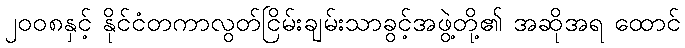
၂၀၀၈နှင့် နိုင်ငံတကာလွတ်ငြိမ်းချမ်းသာခွင့်အဖွဲ့တို့၏ အဆိုအရ ထောင်